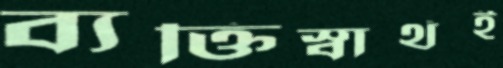
ব্যক্তিস্বার্থই